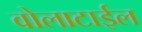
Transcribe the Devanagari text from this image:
वोलाटाईल